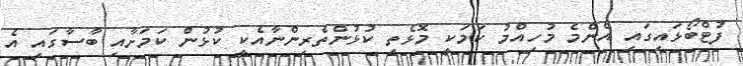
ފުޓްބޯޅައިގައި އެންމެ މުހިއްމު ކަމަކީ މޮޅެތި ކުޅުންތެރިންނާއެކީ ކުޅުން ކަމަށާއި ބާސާގައި އެ